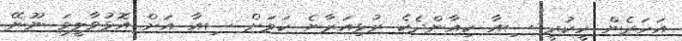
އަހަރެން ހީކުރީ ސިއާ ކިއާންދެކެ ރުޅިއަރާނެ ކަމަށް ސިއާ އަށް އޮޅުވާލީމަ ނޫނޭ